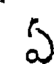
ఏ